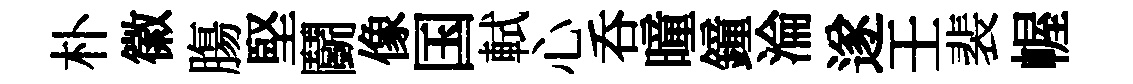
朴徽膓堅鬬像国軾心呑曈鐘淪遂壬裴幄